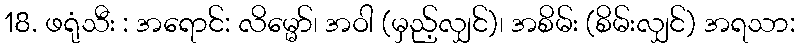
18. ဖရုံသီး : အရောင်: လိမ္မော်၊ အဝါ (မှည့်လျှင်)၊ အစိမ်း (စိမ်းလျှင်) အရသာ: